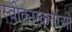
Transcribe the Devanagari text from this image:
स्वीकारकर्ताओं